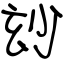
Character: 玅